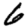
Digit: 6